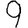
Digit: 9